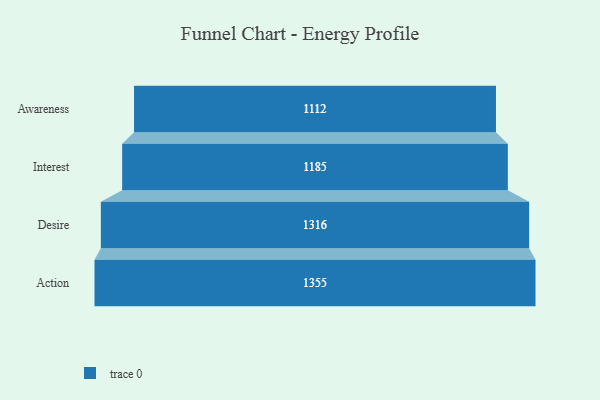
{"axis": {"x": "Stage", "y": "Value"}, "legend": [""], "data": [{"x": "Awareness", "y": 1112.0, "type": ""}, {"x": "Interest", "y": 1185.0, "type": ""}, {"x": "Desire", "y": 1316.0, "type": ""}, {"x": "Action", "y": 1355.0, "type": ""}]}